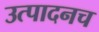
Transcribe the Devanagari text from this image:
उत्पादनच